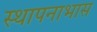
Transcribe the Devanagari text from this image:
स्थापनाभास